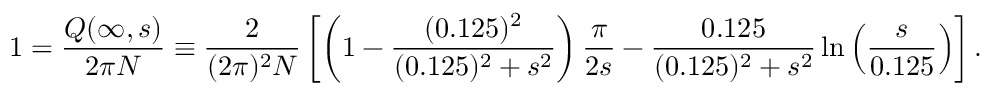
1 = { \frac { Q ( \infty , s ) } { 2 \pi N } } \equiv { \frac { 2 } { ( 2 \pi ) ^ { 2 } N } } \left[ \left( 1 - { \frac { ( 0 . 1 2 5 ) ^ { 2 } } { ( 0 . 1 2 5 ) ^ { 2 } + s ^ { 2 } } } \right) { \frac { \pi } { 2 s } } - { \frac { 0 . 1 2 5 } { ( 0 . 1 2 5 ) ^ { 2 } + s ^ { 2 } } } \ln \left( { \frac { s } { 0 . 1 2 5 } } \right) \right] .